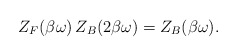
\begin{align*}Z_{F}(\beta\omega)\,Z_{B}(2\beta\omega)=Z_{B}(\beta\omega).\end{align*}